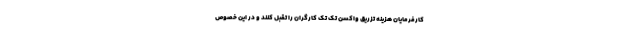
کارفرمایان هزینه تزریق واکسن تک تک کارگران را تقبل کنند و در این خصوص